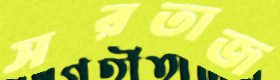
সরতাজ